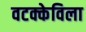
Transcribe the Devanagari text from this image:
वटक्केविला